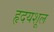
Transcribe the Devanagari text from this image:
हृदयशूल